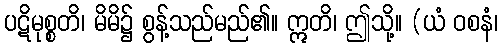
ပဋိမုစ္စတိ၊ မိမိ၌ စွန့်သည်မည်၏။ ဣတိ၊ ဤသို့။ (ယံ ဝစနံ၊